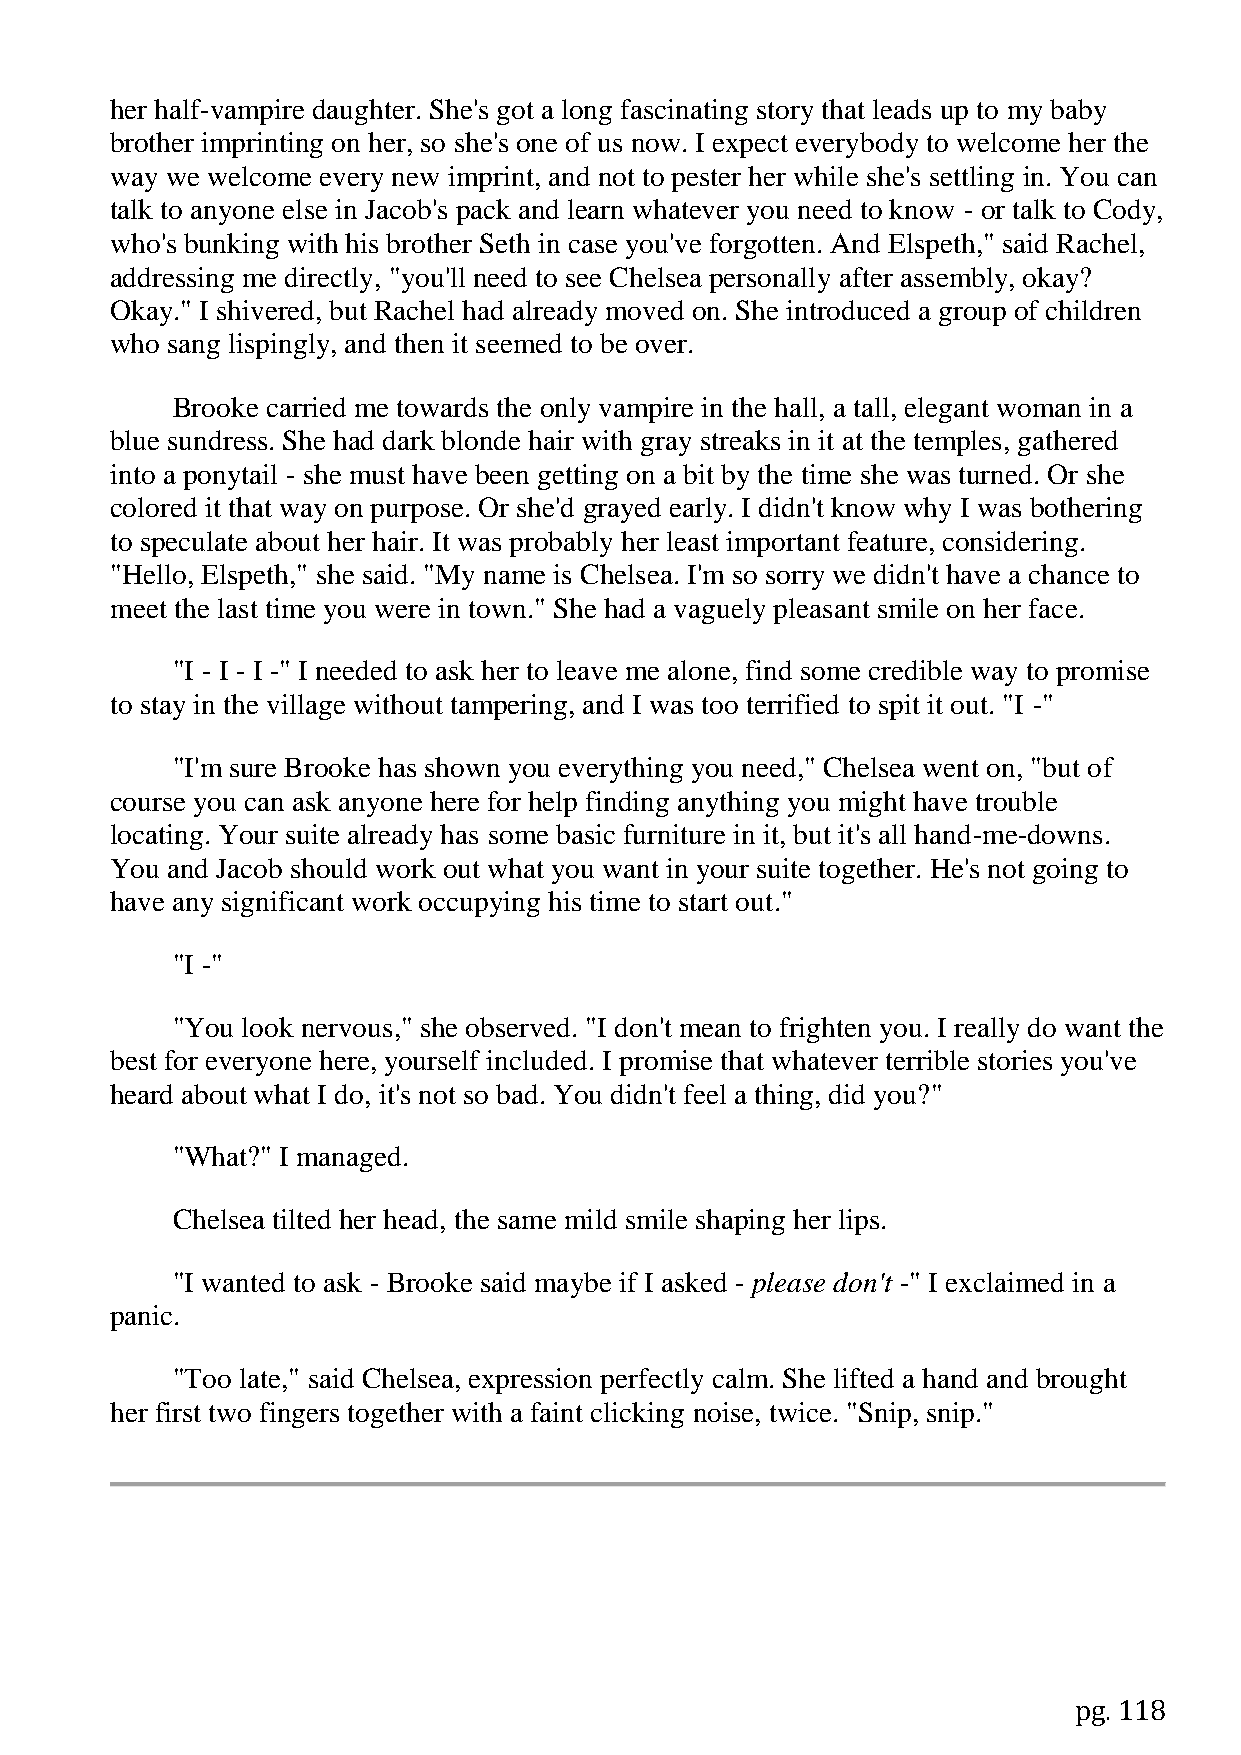
her half-vampire daughter. She's got a long fascinating story that leads up to my baby
 brother imprinting on her, so she's one of us now. I expect everybody to welcome her the
 way we welcome every new imprint, and not to pester her while she's settling in. You can
 talk to anyone else in Jacob's pack and learn whatever you need to know - or talk to Cody,
 who's bunking with his brother Seth in case you've forgotten. And Elspeth," said Rachel,
 addressing me directly, "you'll need to see Chelsea personally after assembly, okay?
 Okay." I shivered, but Rachel had already moved on. She introduced a group of children
 who sang lispingly, and then it seemed to be over.
 Brooke carried me towards the only vampire in the hall, a tall, elegant woman in a
 blue sundress. She had dark blonde hair with gray streaks in it at the temples, gathered
 into a ponytail - she must have been getting on a bit by the time she was turned. Or she
 colored it that way on purpose. Or she'd grayed early. I didn't know why I was bothering
 to speculate about her hair. It was probably her least important feature, considering.
 "Hello, Elspeth," she said. "My name is Chelsea. I'm so sorry we didn't have a chance to
 meet the last time you were in town." She had a vaguely pleasant smile on her face.
 "I - I - I -" I needed to ask her to leave me alone, find some credible way to promise
 to stay in the village without tampering, and I was too terrified to spit it out. "I -"
 "I'm sure Brooke has shown you everything you need," Chelsea went on, "but of
 course you can ask anyone here for help finding anything you might have trouble
 locating. Your suite already has some basic furniture in it, but it's all hand-me-downs.
 You and Jacob should work out what you want in your suite together. He's not going to
 have any significant work occupying his time to start out."
 "I -"
 "You look nervous," she observed. "I don't mean to frighten you. I really do want the
 best for everyone here, yourself included. I promise that whatever terrible stories you've
 heard about what I do, it's not so bad. You didn't feel a thing, did you?"
 "What?" I managed.
 Chelsea tilted her head, the same mild smile shaping her lips.
 "I wanted to ask - Brooke said maybe if I asked - please don't -" I exclaimed in a
 panic.
 "Too late," said Chelsea, expression perfectly calm. She lifted a hand and brought
 her first two fingers together with a faint clicking noise, twice. "Snip, snip."
 pg. 118